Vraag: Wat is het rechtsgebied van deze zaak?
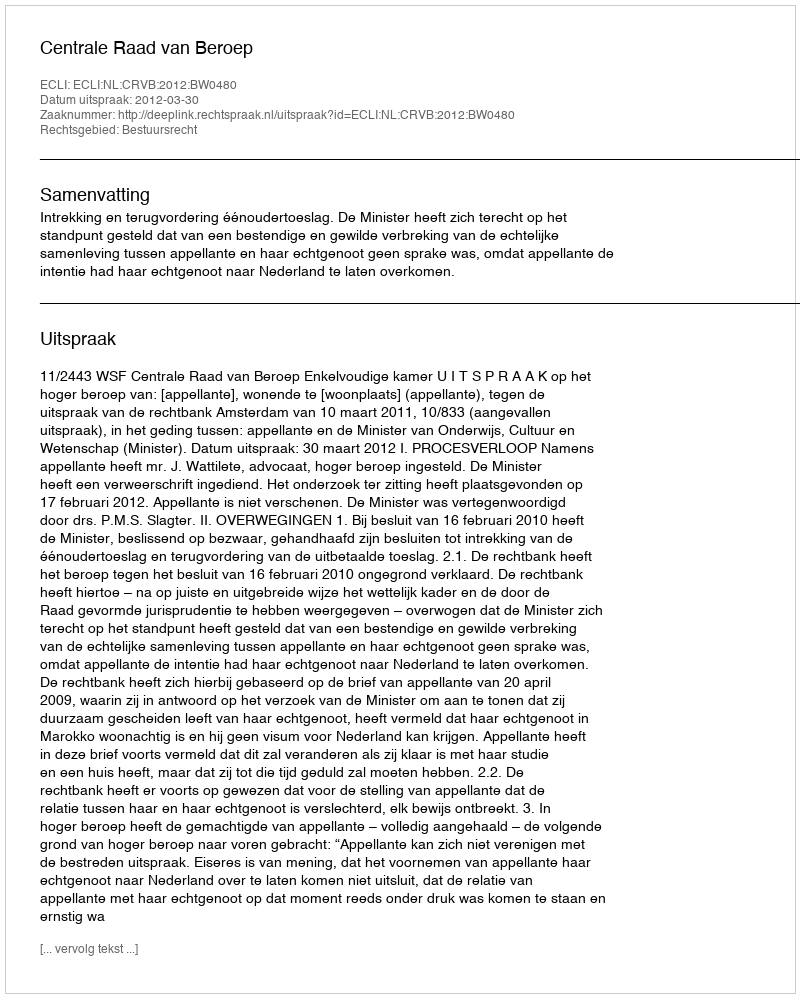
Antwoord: Bestuursrecht